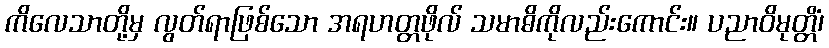
ကိလေသာတို့မှ လွတ်ရာဖြစ်သော အရဟတ္တဖိုလ် သမာဓိကိုလည်းကောင်း။ ပညာဝိမုတ္တိံ၊